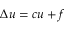
\Delta u = c u + f